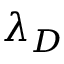
\lambda _ { D }